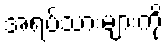
အရပ်သားများကို